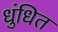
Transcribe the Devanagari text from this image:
धुंधित